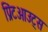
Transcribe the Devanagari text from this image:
प्रिंटआउट्स